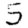
Digit: 5